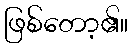
ဖြစ်တော့၏။